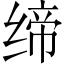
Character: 缔